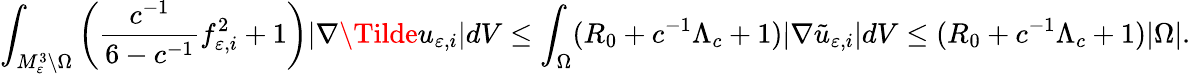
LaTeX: \int_{M_{\varepsilon}^{3}\setminus\Omega}\left(\frac{c^{-1}}{6-c^{-1}}f_{\varepsilon,i}^{2}+1\right)|\nabla\Tilde{u}_{\varepsilon,i}|dV\le\int_{\Omega}(R_{0}+c^{-1}\Lambda_{c}+1)|\nabla\tilde{u}_{\varepsilon,i}|dV\le(R_{0}+c^{-1}\Lambda_{c}+1)|\Omega|.